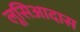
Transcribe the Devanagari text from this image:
लूसिआदास